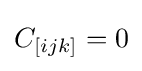
C_{[ijk]}=0